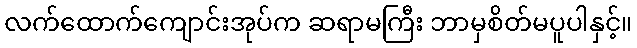
လက်ထောက်ကျောင်းအုပ်က ဆရာမကြီး ဘာမှစိတ်မပူပါနှင့်။